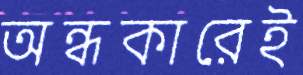
অন্ধকারেই